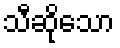
သီဆိုသော